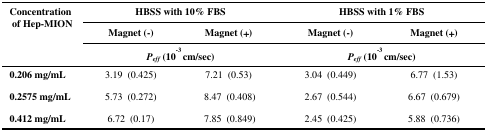
<table><thead><tr><td rowspan="3"><b>Concentration of Hep-MION</b></td><td colspan="2"><b>HBSS with 10% FBS</b></td><td colspan="2"><b>HBSS with 1% FBS</b></td></tr><tr><td><b>Magnet (-)</b></td><td><b>Magnet (+)</b></td><td><b>Magnet (-)</b></td><td><b>Magnet (+)</b></td></tr><tr><td colspan="2"><b><i>P</i><i><sub>eff</sub></i> (10<sup>-3</sup> cm/sec)</b></td><td colspan="2"><b><i>P</i><i><sub>eff</sub></i> (10<sup>-3</sup> cm/sec)</b></td></tr></thead><tbody><tr><td><b>0.206 mg/mL</b></td><td>3.19 (0.425)</td><td>7.21 (0.53)</td><td>3.04 (0.449)</td><td>6.77 (1.53)</td></tr><tr><td><b>0.2575 mg/mL</b></td><td>5.73 (0.272)</td><td>8.47 (0.408)</td><td>2.67 (0.544)</td><td>6.67 (0.679)</td></tr><tr><td><b>0.412 mg/mL</b></td><td>6.72 (0.17)</td><td>7.85 (0.849)</td><td>2.45 (0.425)</td><td>5.88 (0.736)</td></tr></tbody></table>